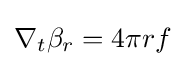
\nabla _{t}\beta _{r}=4\pi rf